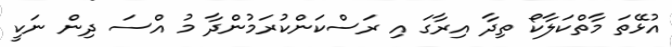
އުޅޭތަ މާތްކަލާކޯ ތިދާ އިރާގަ އި ރަސްކަންކުރަމުންދާ މު އްސަ ދިން ނަކީ